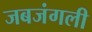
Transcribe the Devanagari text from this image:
जबजंगली